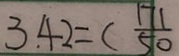
3 . 4 2 = ( \frac { 1 7 1 } { 5 0 }